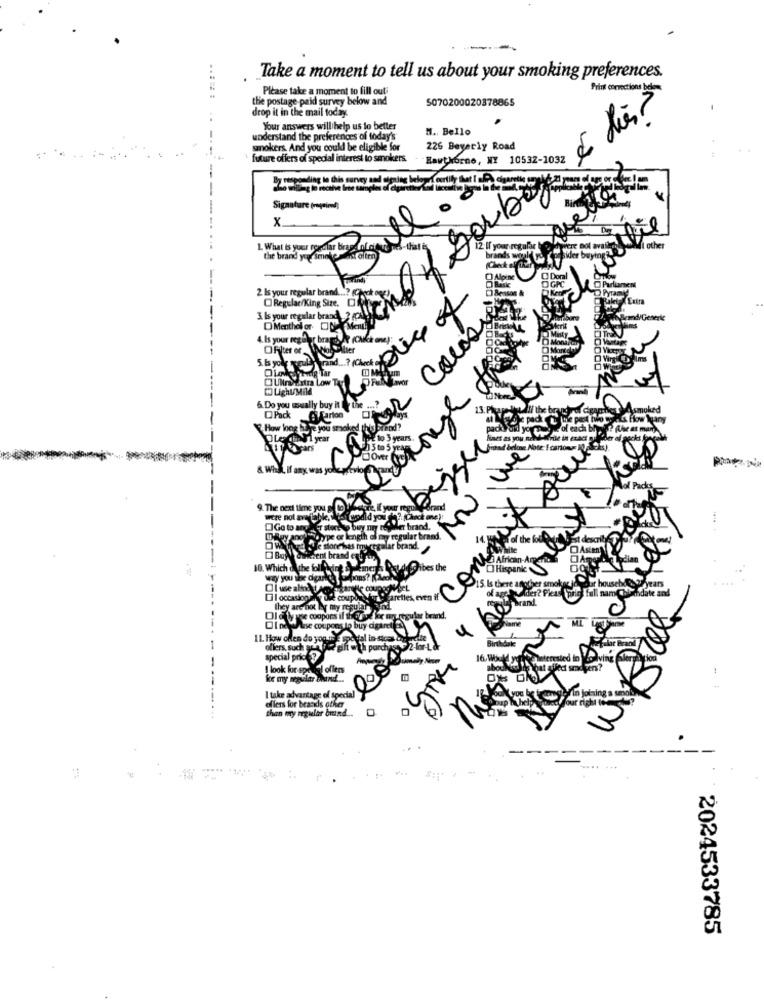
Take a moment to tell us about your smoking preferences.
Please take a moment to fill out
Print corrections be
the postage paid survey below and
5070200020378865
drop it in the mail today.
Your answers will help us lo better
fartforno, ME 10532-1032 5 dias?
N .. Bello
understand the preferences of today's
snokers. And you could be eligible for
226 Beyerly Road
future offers of special interest to smokers. . .
Signature (rogrind;
X.
se
your regular
other
OGPC
2 Is your regular brand ...? (Check og
ORegular/King Size. C
3. Is your regular brand, 2 %)!
Memi
DMenthol or ON
Colas
4. Is your regular brages, At (Chick ane)
Misty
Mond
5. Is
5. Is yol Teule
Nro Extra Low Tax
6. Do you woually buy it for
O Pack
pad
3 years.
& Wh
Común
Mile
African-Argen
Gibes the
OHispank
15. Is there another smokecj
coupON
retles, even
They are not by my regular
Whyfree
Ole \e coupons il th Chod lex wy regular brand.
DinAle coupons lo buy cigaret
IL. How often do you ne ope dal in-sices
special pric
I look for sp-
ke my segula
I take advantage of special
than my regular brand ..
offers for brands other
(6)
..
2024533785